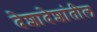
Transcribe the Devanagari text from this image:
देशादेशांतील